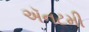
ઍનટમી